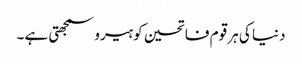
دنیا کی ہر قوم فاتحین کو ہیرو سمجھتی ہے۔